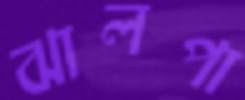
ঝালপা